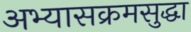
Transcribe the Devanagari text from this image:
अभ्यासक्रमसुद्धा